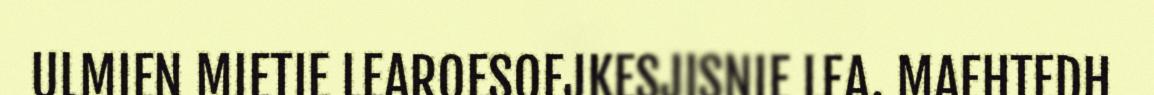
ULMIEN MIETIE LEAROESOEJKESJISNIE LEA. MAEHTEDH